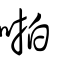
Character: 啪